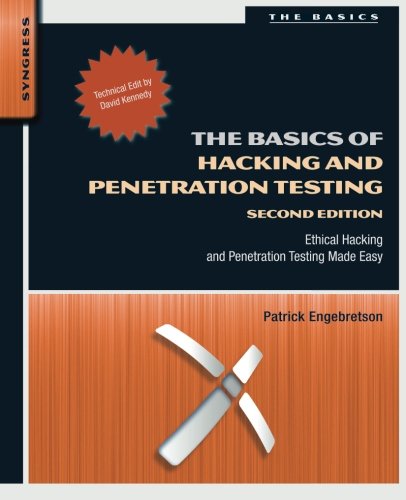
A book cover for The Basics of Hacking and Penetration Testing, Second Edition: Ethical Hacking and Penetration Testing Made Easy; Patrick Engebretson; Computers & Technology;